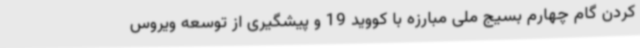
کردن گام چهارم بسیج ملی مبارزه با کووید 19 و پیشگیری از توسعه ویروس